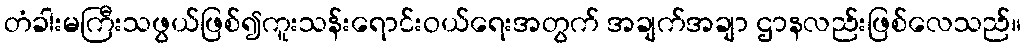
တံခါးမကြီးသဖွယ်ဖြစ်၍ကူးသန်းရောင်းဝယ်ရေးအတွက် အချက်အချာ ဌာနလည်းဖြစ်လေသည်။